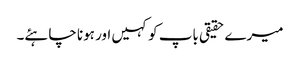
میرے حقیقی باپ کو کہیں اور ہونا چاہئے۔